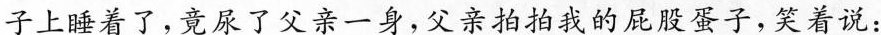
子上睡着了，竟尿了父亲一身，父亲拍拍我的屁股蛋子，笑着说：